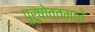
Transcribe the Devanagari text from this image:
पुरूषोत्तमाचे